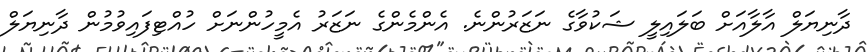
ދާނިޔަލް އާލާއަށް ބަލައިލީ ޝަކުވާގެ ނަޒަރުންނެ. އެންމެންގެ ނަޒަރު އެމީހުންނަށް ހުއްޓިފައިވުމުން ދާނިޔަލް